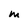
Character: M